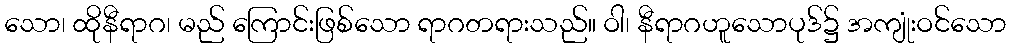
သော၊ ထိုနီရာဂ၊ မည် ကြောင်းဖြစ်သော ရာဂတရားသည်။ ဝါ၊ နီရာဂဟူသောပုဒ်၌ အကျုံးဝင်သော